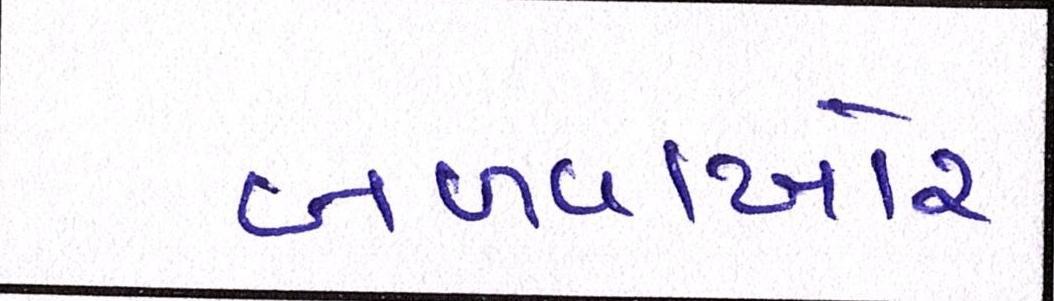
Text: બળવાખોર